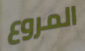
المروع